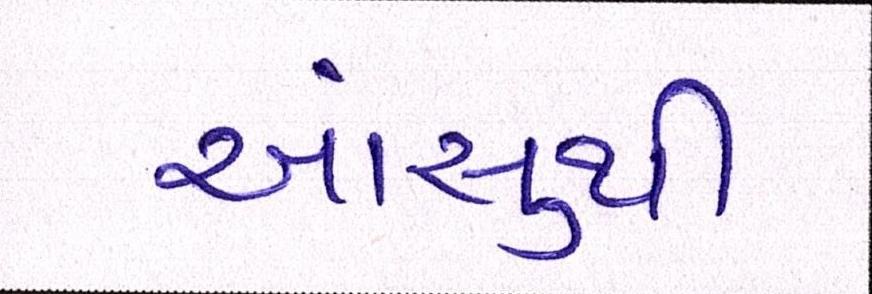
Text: આંસુથી